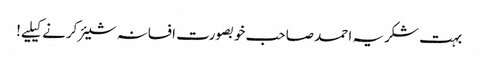
بہت شکریہ احمد صاحب خوبصورت افسانہ شیئر کرنے کیلیے!